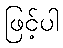
ဖြင့်ပါ